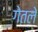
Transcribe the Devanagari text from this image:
गेतले